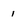
Character: 1